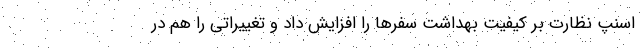
اسنپ نظارت بر کیفیت بهداشت سفرها را افزایش داد و تغییراتی را هم در